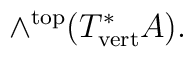
\wedge^{\mathrm{top}}(T^{*}_{\mathrm{vert}}A).